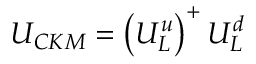
U _ { C K M } = \left( U _ { L } ^ { u } \right) ^ { + } U _ { L } ^ { d }